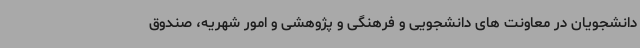
دانشجویان در معاونت های دانشجویی و فرهنگی و پژوهشی و امور شهریه، صندوق